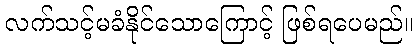
လက်သင့်မခံနိုင်သောကြောင့် ဖြစ်ရပေမည်။